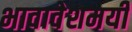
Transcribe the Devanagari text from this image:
भावावेशमयी